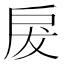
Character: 𭠃